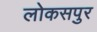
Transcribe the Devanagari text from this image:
लोकसपुर